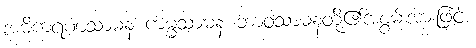
အဓိကရဏသာဓန ကမ္မသာဓန ဘာဝသာဓနတို့၏အစွမ်းအားဖြင့်